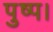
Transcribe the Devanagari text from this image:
पुष्प।